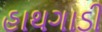
હાથગાડી